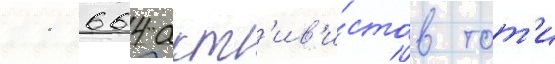
11 664 акт'ив'и́стов тот'и